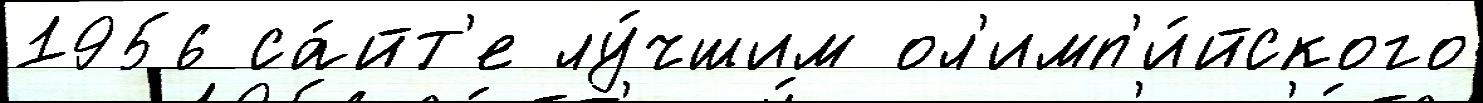
1956 са́йт'е лу́чшим ол'имп'и́йского